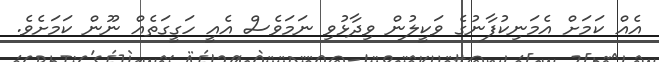
އެއް ކަމަށް އެމަނިކުފާނުގެ ވަކީލުން ވިދާޅުވި ނަމަވެސް އެއީ ހަގީގަތެއް ނޫން ކަމަށެވެ.